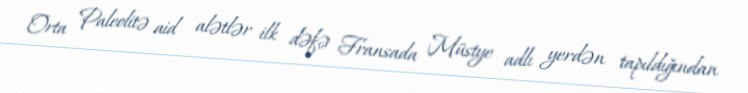
Orta Paleolitə aid alətlər ilk dəfə Fransada Müstye adlı yerdən tapıldığından